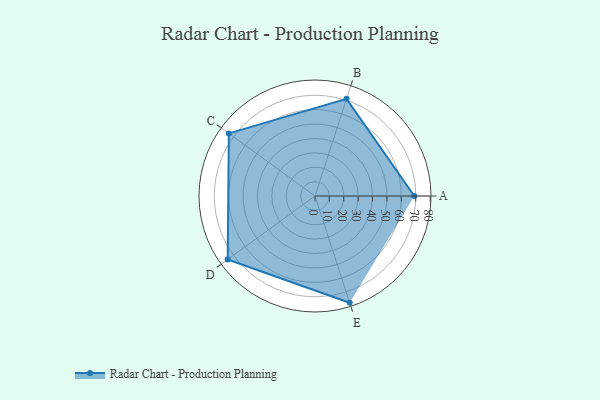
{"axis": {"x": "Skill", "y": "Score"}, "legend": ["Profile"], "data": [{"x": "A", "y": 69.0, "type": "Profile"}, {"x": "B", "y": 71.0, "type": "Profile"}, {"x": "C", "y": 74.0, "type": "Profile"}, {"x": "D", "y": 75.0, "type": "Profile"}, {"x": "E", "y": 78.0, "type": "Profile"}]}